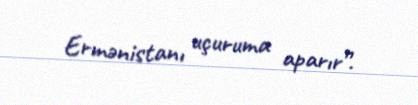
Ermənistanı uçuruma aparır”.